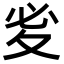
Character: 𭐡